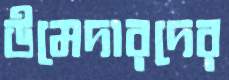
উমেদারদের